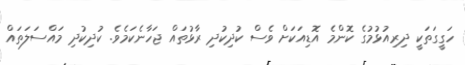
ހަގީގަތަކީ ދިރިއުޅުމުގެ ކޮންމެ އޮޑިއަކަށް ވެސް ކުދިކުދި ރާޅުތައް ޖަހާނެކަމެވެ. ކުދިކުދި މައްސަލަތައް